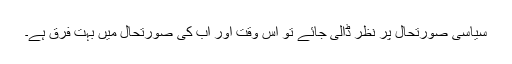
سیاسی صورتحال پر نظر ڈالی جائے تو اس وقت اور اب کی صورتحال میں بہت فرق ہے۔